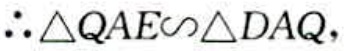
\(\therefore \triangle QAE\sim \triangle DAQ,\)